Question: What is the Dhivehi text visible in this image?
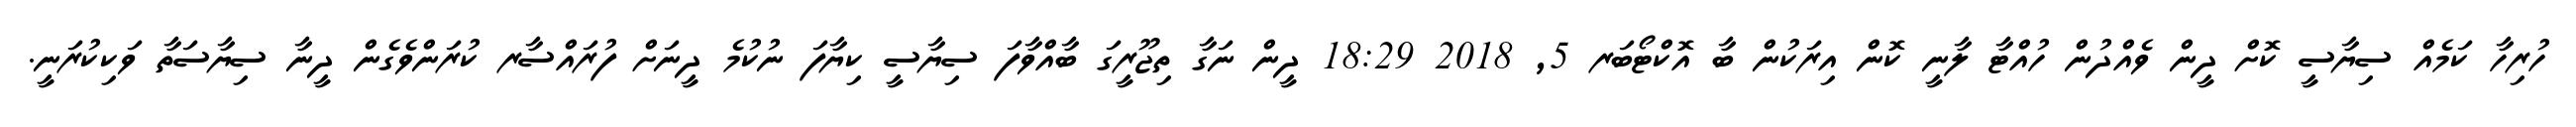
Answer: ހުރިހާ ކަމެއް ސިޔާސީ ކޮށް ދީން ވެއްދުން ހުއްޓާ ލާނީ ކޮން އިރަކުން ބާ އޮކްޓޯބަރ 5, 2018 18:29 ދީން ނަގާ ތިޖޫރީގަ ބާއްވާފަ ސިޔާސީ ކިޔާފަ ނުކުމެ ދީނަށް ފުރައްސާރ ކުރަންވެގެން ދީނާ ސިޔާސަތާ ވަކިކުރަނީ.